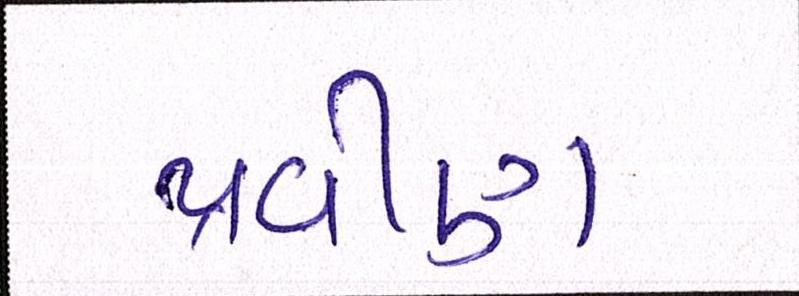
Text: પ્રવીણ